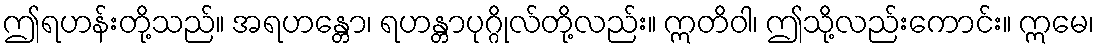
ဤရဟန်းတို့သည်။ အရဟန္တော၊ ရဟန္တာပုဂ္ဂိုလ်တို့လည်း။ ဣတိဝါ၊ ဤသို့လည်းကောင်း။ ဣမေ၊